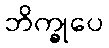
ဘိက္ခုပေ